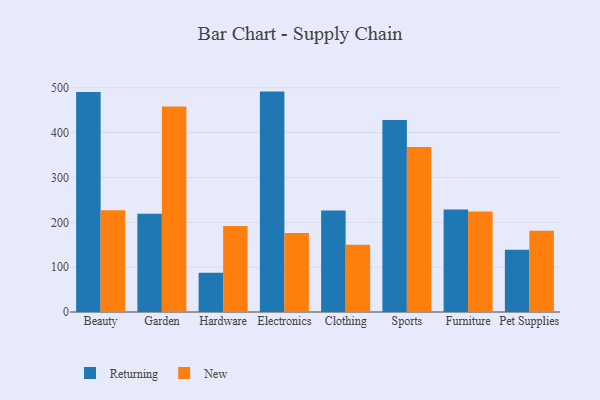
{"axis": {"x": "Category", "y": "Customer Acquisition Cost (USD)"}, "legend": ["New", "Returning"], "data": [{"x": "Beauty", "y": 490.8, "type": "Returning"}, {"x": "Beauty", "y": 227.1, "type": "New"}, {"x": "Garden", "y": 219.3, "type": "Returning"}, {"x": "Garden", "y": 458.1, "type": "New"}, {"x": "Hardware", "y": 87.6, "type": "Returning"}, {"x": "Hardware", "y": 192.0, "type": "New"}, {"x": "Electronics", "y": 491.5, "type": "Returning"}, {"x": "Electronics", "y": 176.0, "type": "New"}, {"x": "Clothing", "y": 226.6, "type": "Returning"}, {"x": "Clothing", "y": 150.1, "type": "New"}, {"x": "Sports", "y": 428.4, "type": "Returning"}, {"x": "Sports", "y": 367.8, "type": "New"}, {"x": "Furniture", "y": 228.7, "type": "Returning"}, {"x": "Furniture", "y": 224.2, "type": "New"}, {"x": "Pet Supplies", "y": 138.6, "type": "Returning"}, {"x": "Pet Supplies", "y": 181.1, "type": "New"}]}